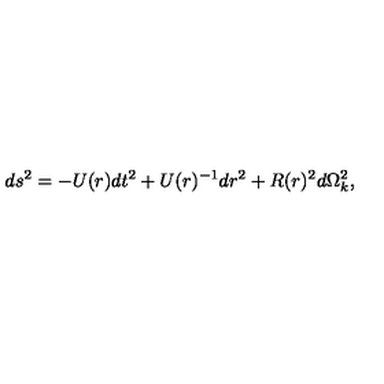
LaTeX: d s ^ { 2 } = - U ( r ) d t ^ { 2 } + U ( r ) ^ { - 1 } d r ^ { 2 } + R ( r ) ^ { 2 } d \Omega _ { k } ^ { 2 } ,